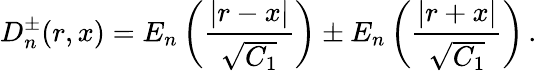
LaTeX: D_{n}^{\pm}(r,x)=E_{n}\left(\frac{\vert r-x\vert}{\sqrt{C_{1}}}\right)\pm E_{n}\left(\frac{\vert r+x\vert}{\sqrt{C_{1}}}\right)\, .